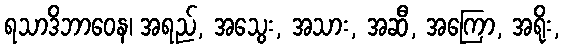
ရသာဒိဘာဝေန၊ အရည်, အသွေး, အသား, အဆီ, အကြော, အရိုး,